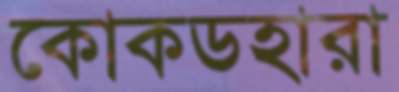
কোকডহারা